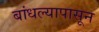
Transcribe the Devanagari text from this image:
बांधल्यापासून